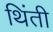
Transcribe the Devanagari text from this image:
थिंती